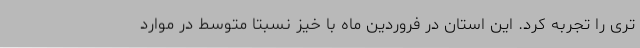
تری را تجربه کرد. این استان در فروردین ماه با خیز نسبتا متوسط در موارد